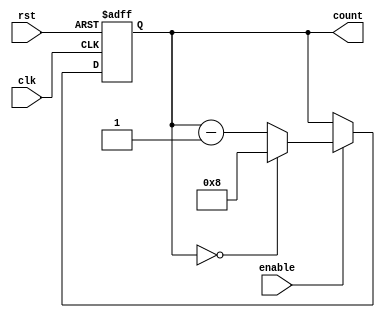
module Modulo_N_Down_Counter (
    input wire clk,
    input wire rst,
    input wire enable,
    output reg [N-1:0] count
);

parameter N = 8; // Specify the value for N (counter size)

always @(posedge clk or posedge rst) begin
    if (rst) begin
        count <= N;
    end else if (enable) begin
        if (count == 0) begin
            count <= N;
        end else begin
            count <= count - 1;
        end
    end
end

endmodule